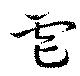
虐